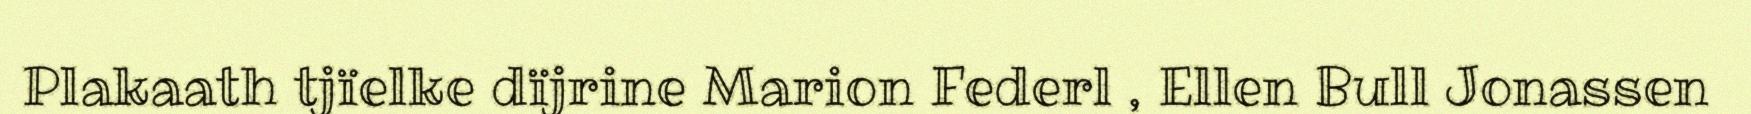
Plakaath tjïelke dïjrine Marion Federl , Ellen Bull Jonassen